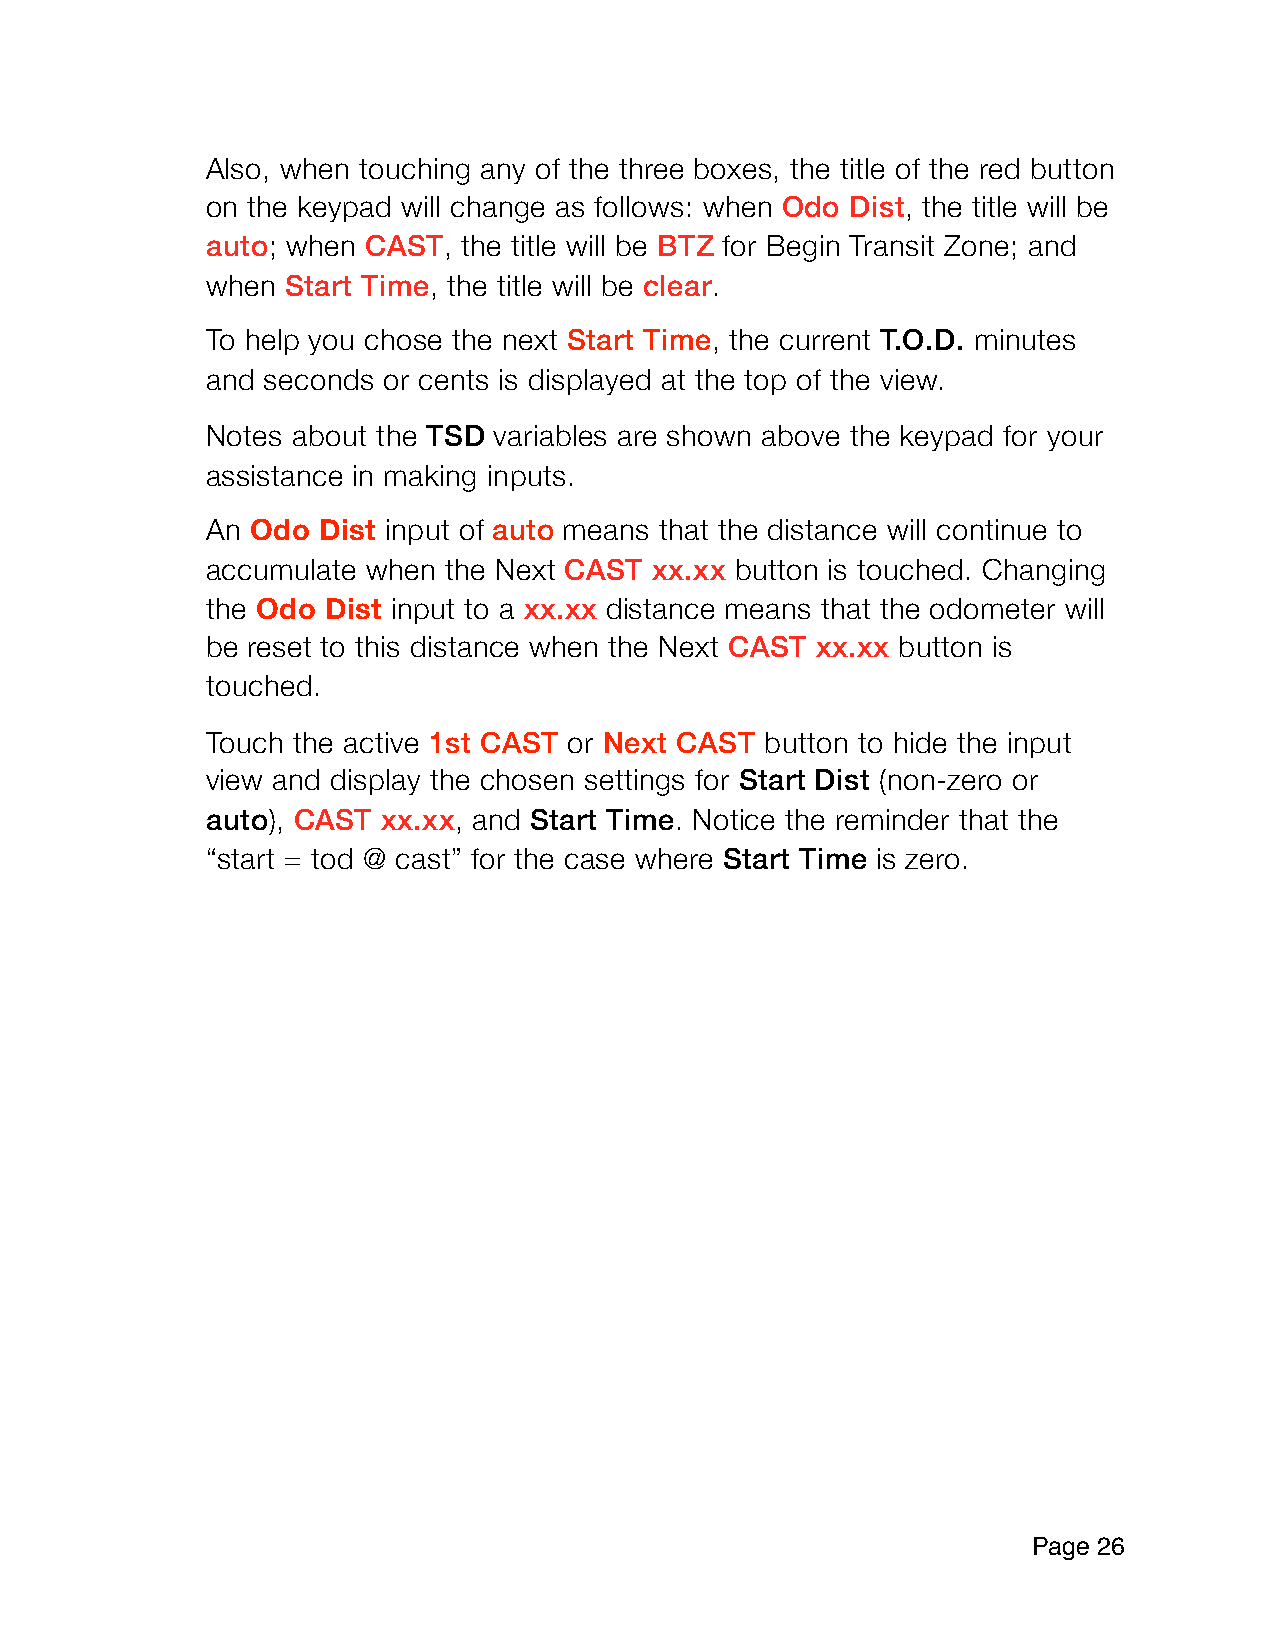
Also, when touching any of the three boxes, the title of the red button
 on the keypad will change as follows: when Odo Dist, the title will be
 auto; when CAST, the title will be BTZ for Begin Transit Zone; and
 when Start Time, the title will be clear.
 To help you chose the next Start Time, the current T.O.D. minutes
 and seconds or cents is displayed at the top of the view.
 Notes about the TSD variables are shown above the keypad for your
 assistance in making inputs.
 An Odo Dist input of auto means that the distance will continue to
 accumulate when the Next CAST xx.xx button is touched. Changing
 the Odo Dist input to a xx.xx distance means that the odometer will
 be reset to this distance when the Next CAST xx.xx button is
 touched.
 Touch the active 1st CAST or Next CAST button to hide the input
 view and display the chosen settings for Start Dist (non-zero or
 auto), CAST xx.xx, and Start Time. Notice the reminder that the
 “start = tod @ cast” for the case where Start Time is zero.
 Page 2 6